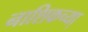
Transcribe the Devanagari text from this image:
नाशिकच्या़